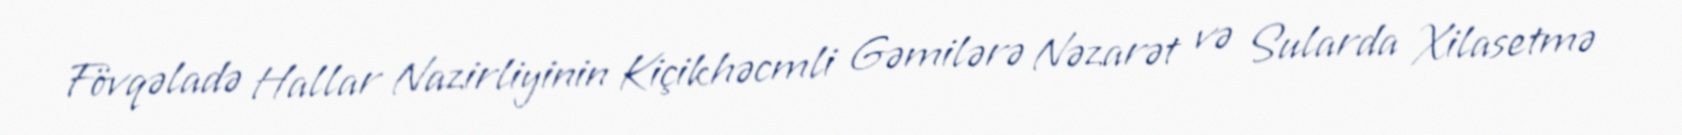
Fövqəladə Hallar Nazirliyinin Kiçikhəcmli Gəmilərə Nəzarət və Sularda Xilasetmə